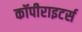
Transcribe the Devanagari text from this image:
कॉपीराइटर्स